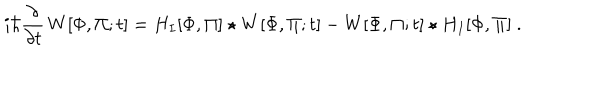
i \hbar \frac { \partial } { \partial t } \, W [ \Phi , \Pi ; t ] = H _ { I } [ \Phi , \Pi ] \star W [ \Phi , \Pi ; t ] - W [ \Phi , \Pi ; t ] \star H _ { I } [ \Phi , \Pi ] ~ .